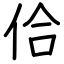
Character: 佮